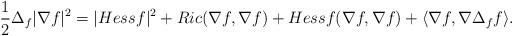
LaTeX: \begin{align*}\frac{1}{2}\Delta_{f}|\nabla f|^{2}=|Hess f|^{2}+Ric(\nabla f,\nabla f)+Hess f(\nabla f,\nabla f)+\langle\nabla f,\nabla\Delta_{f}f\rangle.\end{align*}